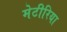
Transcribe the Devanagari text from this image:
मेटीरिया